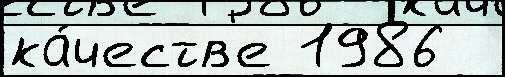
ка́честв'е 1986